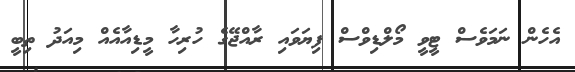
އެހެން ނަމަވެސް ޓީވީ މޯލްޑިވްސް ފިޔަވައި ރާއްޖޭގެ ހުރިހާ މީޑިއާއެއް މިއަދު ތިބީ